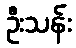
ဦးသန်း